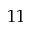
1 1